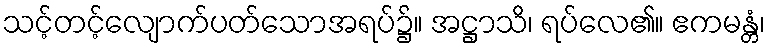
သင့်တင့်လျောက်ပတ်သောအရပ်၌။ အဋ္ဌာသိ၊ ရပ်လေ၏။ ဧကမန္တံ၊